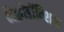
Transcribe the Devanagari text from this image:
मैक्रोडॉन्शिया